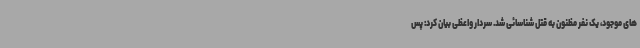
های موجود، یک نفر مظنون به قتل شناسائی شد. سردار واعظی بیان کرد: پس